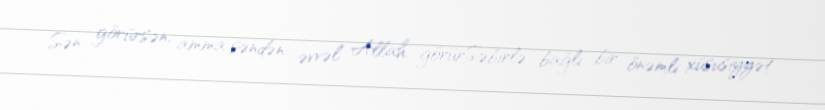
Sən görürsən, amma səndən əvvəl Allah görürSəbirlə bağlı bir önəmli xüsusiyyət